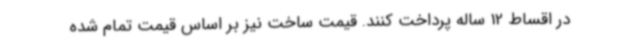
در اقساط 12 ساله پرداخت کنند. قیمت ساخت نیز بر اساس قیمت تمام شده